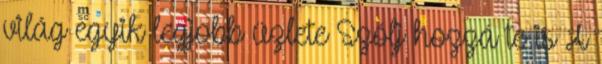
világ egyik legjobb üzlete Szólj hozzá te is A